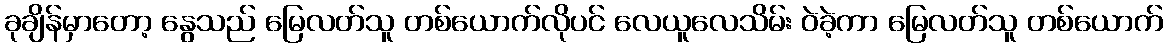
ခုချိန်မှာတော့ နွေသည် မြေလတ်သူ တစ်ယောက်လိုပင် လေယူလေသိမ်း ဝဲခဲ့ကာ မြေလတ်သူ တစ်ယောက်